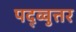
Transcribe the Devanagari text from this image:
पद्व्वुत्तर